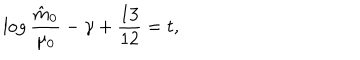
\log { \frac { \hat { m } _ { 0 } } { \mu _ { 0 } } } - \gamma + { \frac { 1 3 } { 1 2 } } = t ,